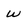
Character: w